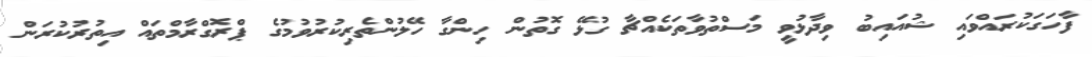
ފާހަގަކުރައްވައި ޝުއައިބު ވިދާޅުވީ މަސްތުވާތަކެއްޗާ ގުޅޭ ގޮތުން ހިންގާ ހޭލުންތެރިކުރުވުމުގެ ޕްރޮގްރާމްތައް އިތުރުކުރަން